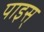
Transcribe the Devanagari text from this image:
पाइस्